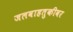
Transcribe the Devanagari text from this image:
जलवाहतुकीवर